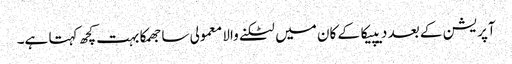
آپریشن کے بعد دیپیکا کے کان میں لٹکنے والا معمولی سا جھمکا بہت کچھ کہتا ہے۔